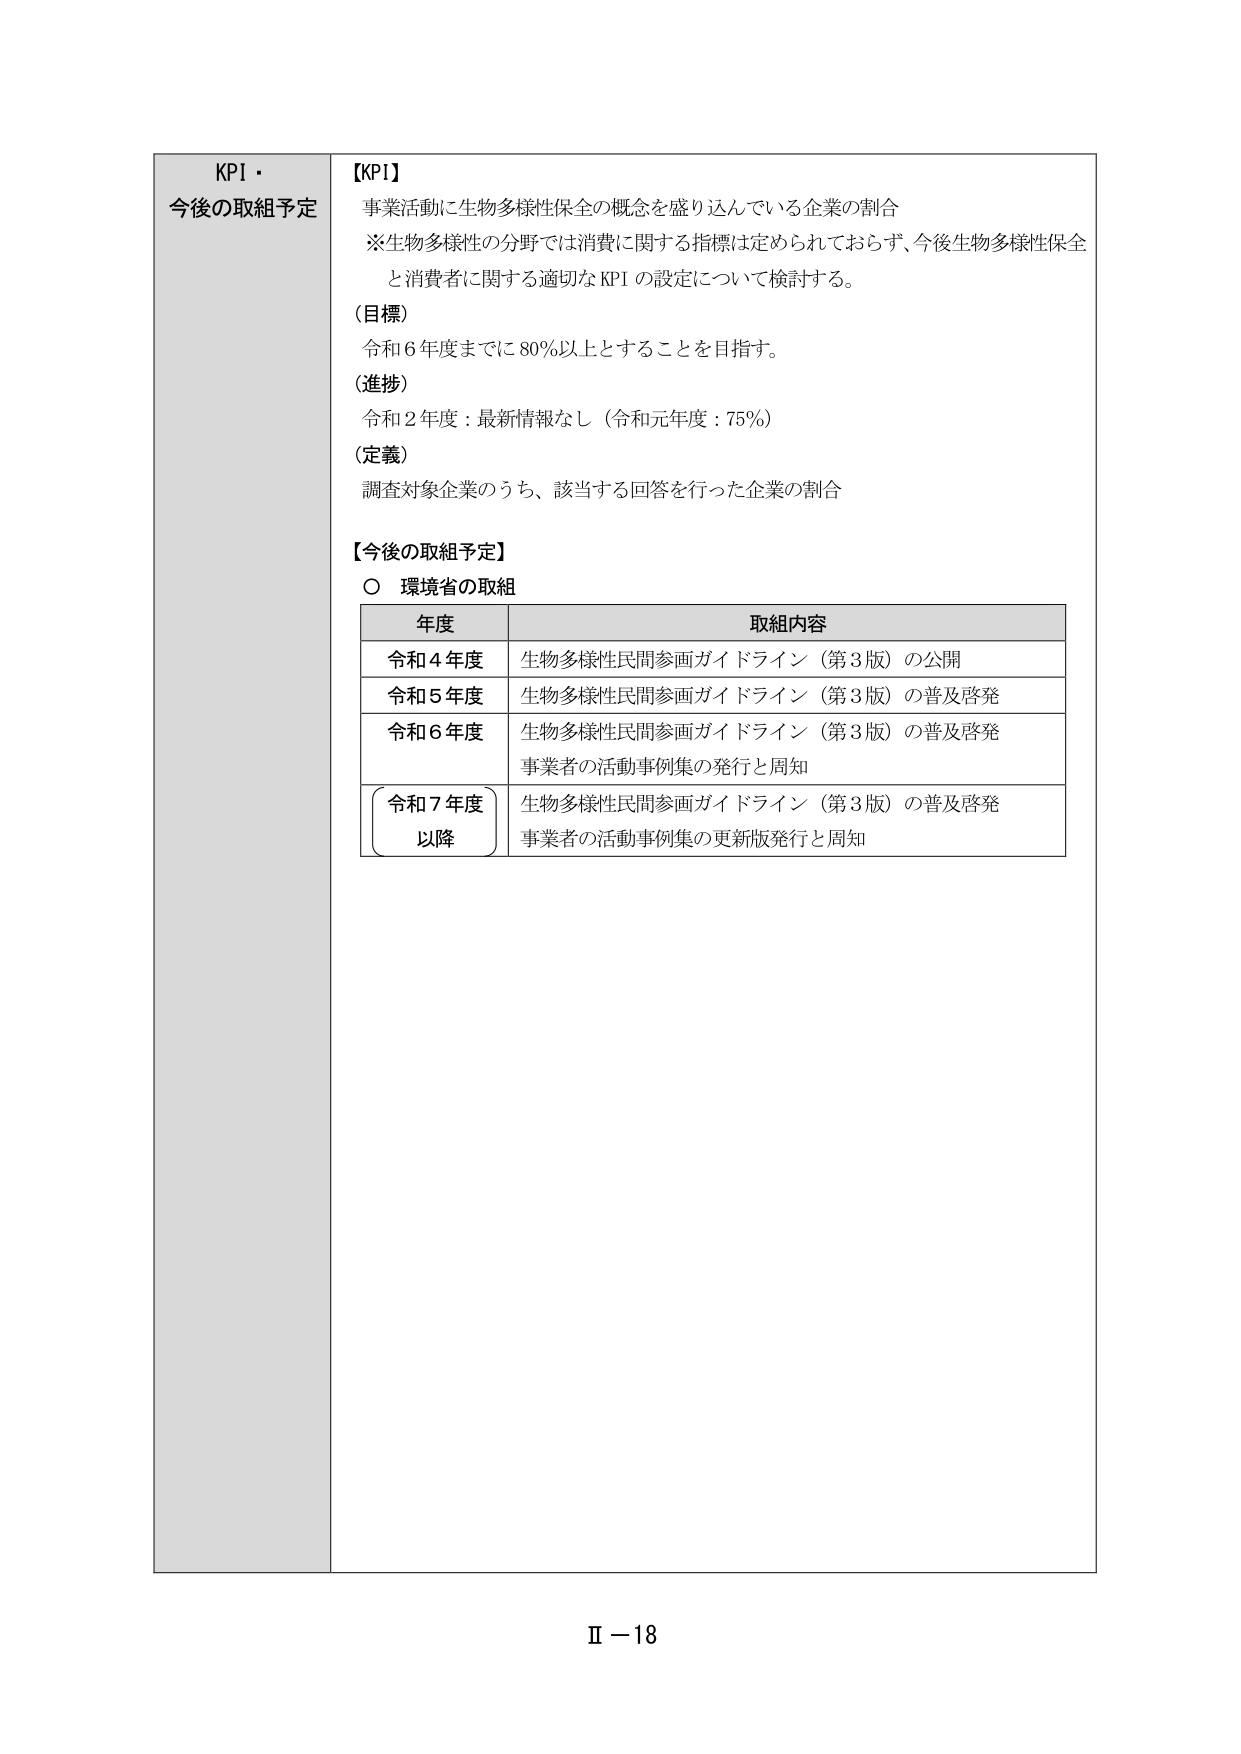
KPI・
今後の取組予定

【KPI】
事業活動に生物多様性保全の概念を盛り込んでいる企業の割合
※生物多様性の分野では消費に関する指標は定められておらず、今後生物多様性保全
と消費者に関する適切なKPIの設定について検討する。

（目標）
令和6年度までに80％以上とすることを目指す。

（進捗）
令和2年度：最新情報なし（令和元年度：75％）

（定義）
調査対象企業のうち、該当する回答を行った企業の割合

【今後の取組予定】
○ 環境省の取組

年度 取組内容
令和4年度 生物多様性民間参画ガイドライン（第3版）の公開
令和5年度 生物多様性民間参画ガイドライン（第3版）の普及啓発
令和6年度 生物多様性民間参画ガイドライン（第3版）の普及啓発
事業者の活動事例集の発行と周知
令和7年度 以降 生物多様性民間参画ガイドライン（第3版）の普及啓発
事業者の活動事例集の更新版発行と周知

Ⅱ－18